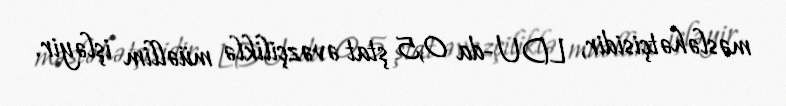
məsləhətçisidir, LDU-da 0,5 ştat əvəzçiliklə müəllim işləyir.